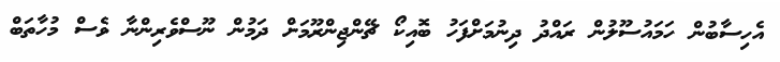
އެހިސާބުން ހަމައުސޫލުން ރައްދު ދިނުމަށްފަހު ބޮއިކޯ ޗޭންޖިންރޫމަށް ދަމުން ނޫސްވެރިންނާ ވެސް މުހާތަބް